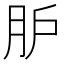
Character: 𦙅